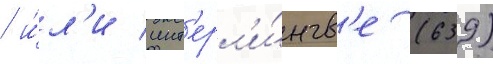
/ и́л'и инт'ерл'и́нгв'е (639)